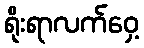
ရိုးရာလက်ဝှေ့